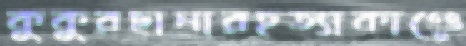
কুকুরছানারহত্যাকাণ্ডে